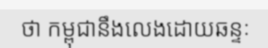
ថា កម្ពុជានឹងលេងដោយឆន្ទៈ